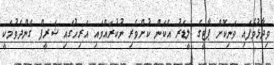
ވިދާޅުވެފައި ވަނިކޮށް ޕާޓީގެ ލީޑަރު އެކަން ކުށްވެރި ނުކުރައްވައި އަރިހުގައި ޝަރީފް ގެންދެވުމަކީ